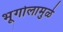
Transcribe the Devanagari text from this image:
भूगोलामुळे